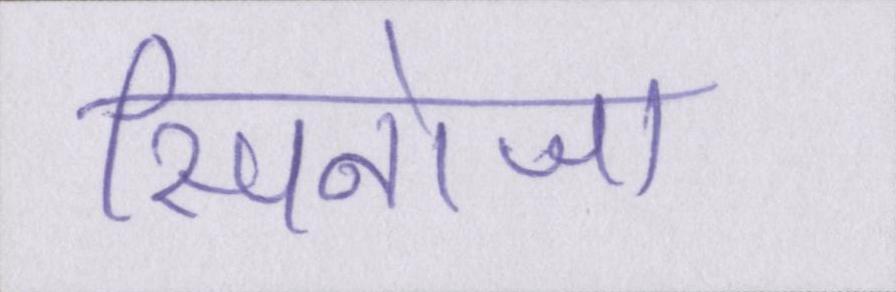
स्पिनोजा